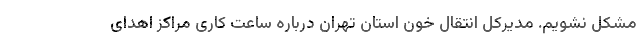
مشکل نشویم. مدیرکل انتقال خون استان تهران درباره ساعت کاری مراکز اهدای